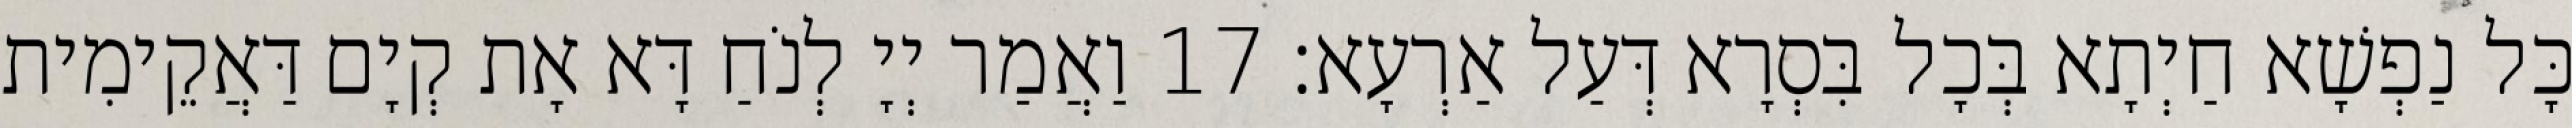
כָּל נַפְשָׁא חַיְתָא בְּכָל בִּסְרָא דְּעַל אַרְעָא׃ 17 וַאֲמַר יְיָ לְנֹחַ דָּא אָת קְיָם דַּאֲקֵימִית